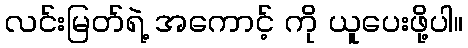
လင်းမြတ်ရဲ့ အကောင့် ကို ယူပေးဖို့ပါ။